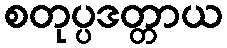
စတုပ္ပဒတ္တာယ